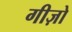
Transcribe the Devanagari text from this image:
गीज़ो